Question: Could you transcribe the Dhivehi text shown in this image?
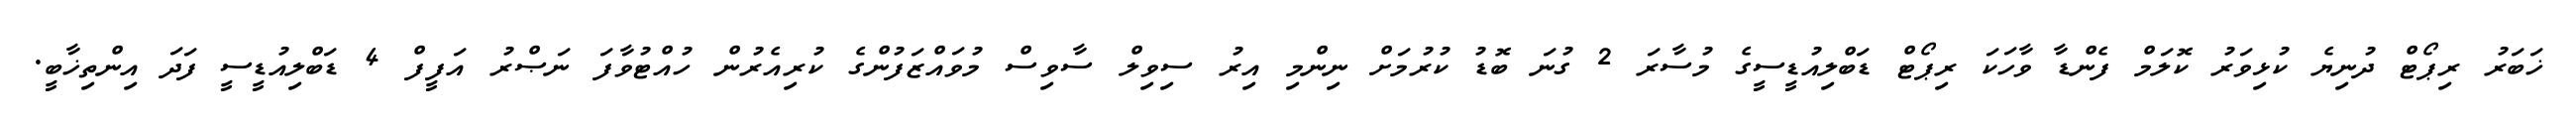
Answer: ޚަބަރު ރިޕޯޓް ދުނިޔެ ކުޅިވަރު ކޮލަމް ފެންޑާ ވާހަކަ ރިޕޯޓް ޑަބްލިއުޑީސީގެ މުސާރަ 2 ގުނަ ބޮޑު ކުރުމަށް ނިންމި އިރު ސިވިލް ސާވިސް މުވައްޒަފުންގެ ކުރިއެރުން ހުއްޓުވާފަ ނަޞްރު އަފީފް 4 ޑަބްލިއުޑީސީ ފަދަ އިންތިޚާބީ.